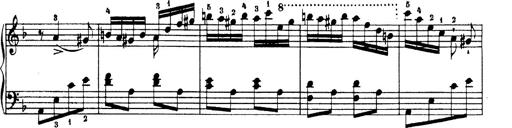
Title: Hungarian Rhapsody No.19
Composer: Franz Liszt
Key: D minor